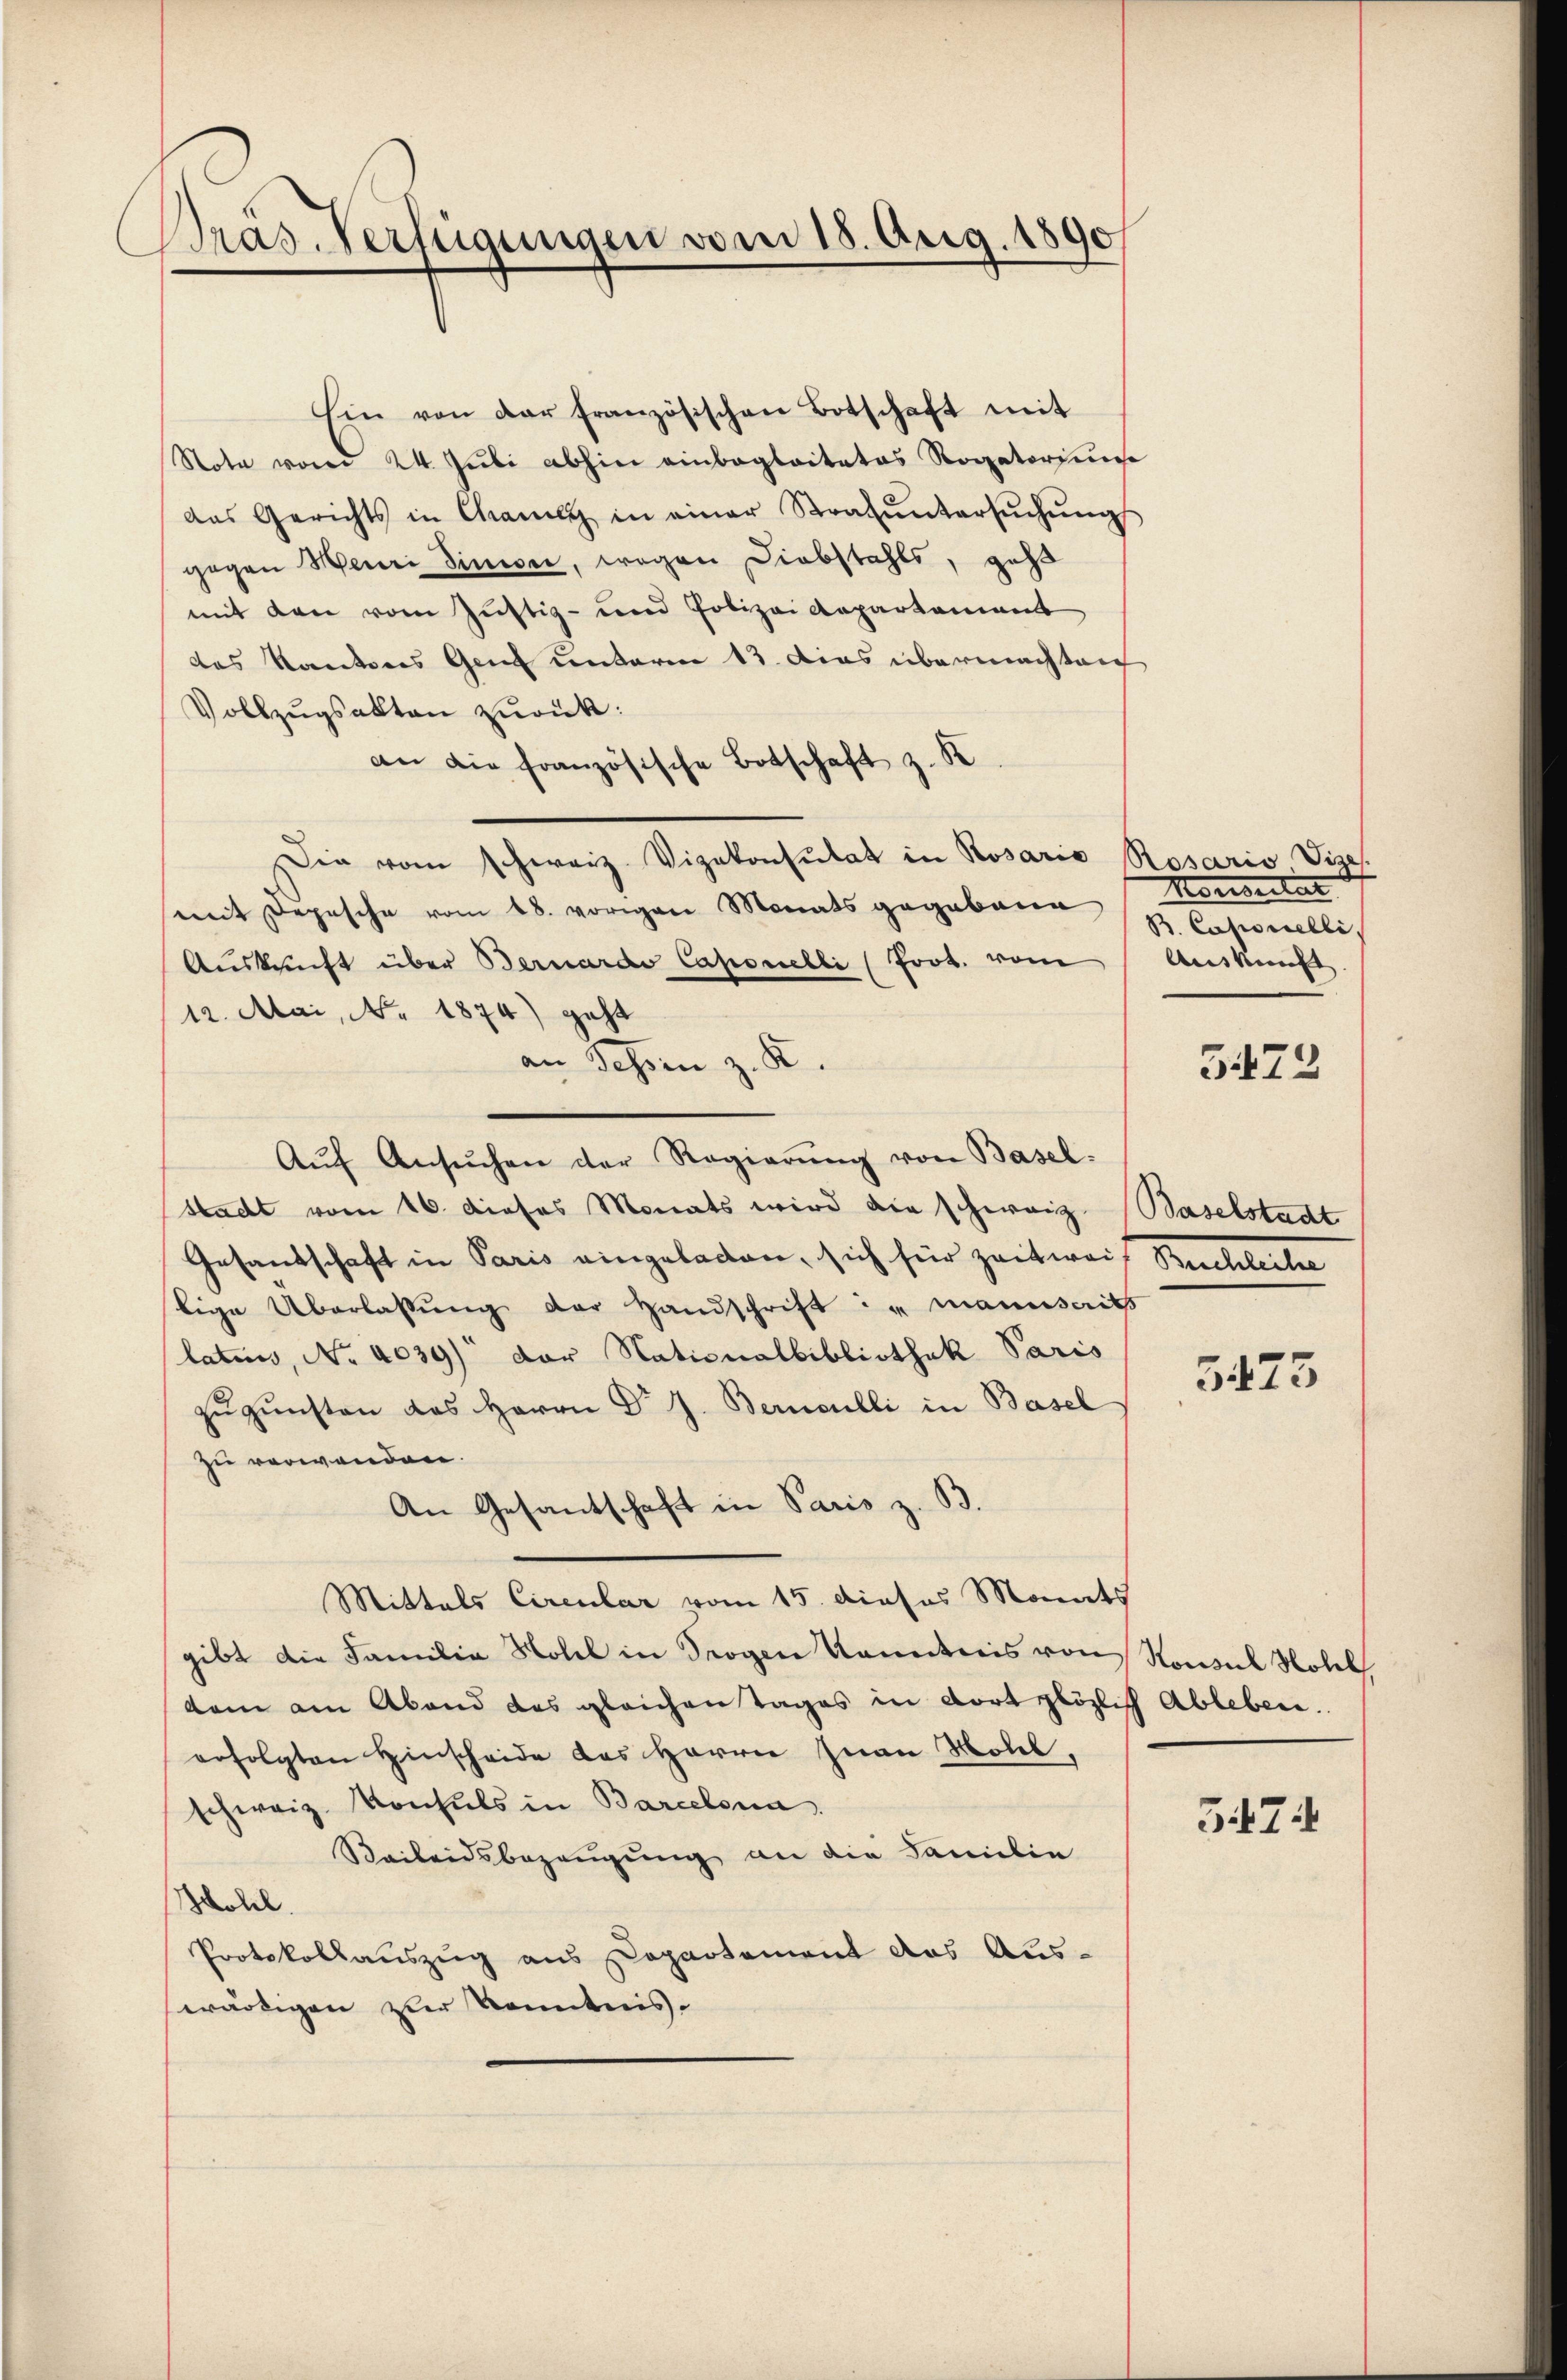
Präs. Verfügungen vom 18. Aug. 1890

Ein von der französischen Botschaft mit
Note von 24. Juli abhin einbegleitetes Rogatorium
das Gerichts in Chamer in einer Strafŭntersŭchŭng
gegen Henri Sinner, wegen Diebstahls, geht
mit den vom Justiz- und Polizei Repartament
das Kantons Genf unterm 13. Dies übermachten
Vollzŭgsakten zurück:
an die französische Botschaft z. K
Die vom Schwarz. Vizekonsulat in Rosaria Rosario Vizes.
mit Depesche vom 18. vorigen Monats gegebenen S. Caponelli,
Auskunft über Bernardo Caponelli (Prot. vom
12. Mai, No. 1874) geht
an Sessen z. K.
Aŭf Ansŭchen der Regierŭng von Basel-
stadt vom 16. dieses Monats wird die schweiz. Baselstadt
Gesandschaft in Paris eingeladen, sich für zeitweil Beschleche
lige Überlassŭng der Handschrift in mannseits
latur, No 4039) der Nationalbibliothek Paris
zugunsten das Herrn Dr J. Bernoulli in Basel
zu verwanden.
An Gesantschaft in Paris z. B.
Mittels Circular vom 15. dieses Monats
gibt die Familie Notel in Trogen kanntnis von Konsul Notel,
kam am Abend das gleichen Tages in dort plözlich Ableben.
erfolgten Hinscheide des Herrn Inan Molil,
schweiz. Konsuls in Barcelona.
Reibendsbezeugung an die Familie
Hotel.
Protokollauszug aus Departement das Aus-
erartigen zur Kenntnis.

Monsentar
Auskunft

5473

5475

574